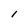
Character: l